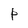
Character: P